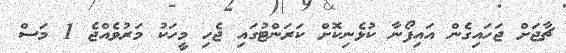
ޗާޖަށް ޖަހައިގެން އައިފޯނާ ކުޅެނިކޮށް ކަރަންޓުގައި ޖެހި މީހަކު މަރުވެއްޖެ 1 މަސް